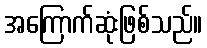
အကြောက်ဆုံးဖြစ်သည်။